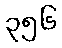
၃၅၆